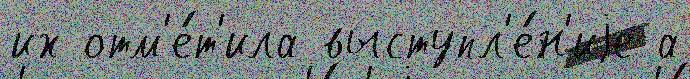
их отм'е́т'ила выступл'е́н'иjе а